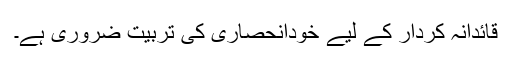
قائدانہ کردار کے لیے خودانحصاری کی تربیت ضروری ہے۔